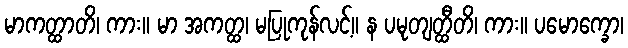
မာကတ္ထာတိ၊ ကား။ မာ အကတ္ထ၊ မပြုကုန်လင့်။ န ပမုတျတ္ထီတိ၊ ကား။ ပမောက္ခော၊